Report of an investigation into the causes of malaria in Bombay and the measures necessary for its control
Disease focus: Malaria
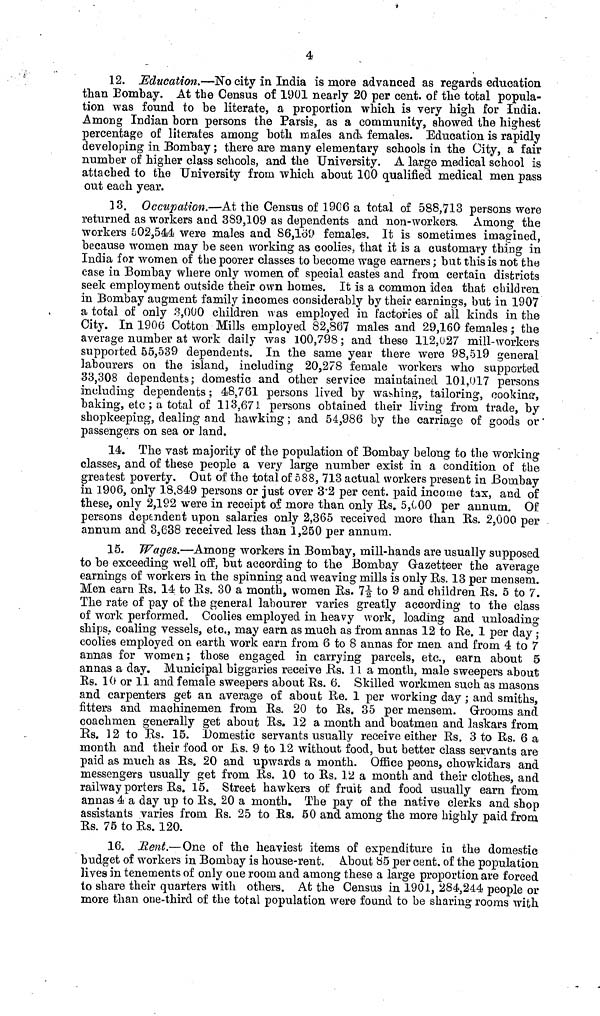
4
12. Education.—No city in India is more advanced as regards education
than Bombay. At the Census of 1901 nearly 20 per cent. of the total popula-
tion was found to be literate, a proportion which is very high for India.
Among Indian born persons the Parsis, as a community, showed the highest
percentage of literates among both males and females. Education is rapidly
developing in Bombay ; there are many elementary schools in the City, a fair
number of higher class schools, and the University. A large medical school is
attached to the University from which about 100 qualified medical men pass
out each year.
13. Occupation.—At the Census of 1906 a total of 588,713 persons were
returned as workers and 389,109 as dependents and non-workers. Among the
workers 502,544 were males and 86,169 females. It is sometimes imagined,
because women may be seen working as coolies, that it is a customary thing in
India for women of the poorer classes to become wage earners ; but this is not the
case in Bombay where only women of special castes and from certain districts
seek employment outside their own homes. It is a common idea that children
in Bombay augment family incomes considerably by their earnings, but in 1907
a total of only 3,000 children was employed in factories of all kinds in the
City. In 1906 Cotton Mills employed 82,867 males and 29,160 females ; the
average number at work daily was 100,798 ; and these 112,027 mill-workers
supported 55,539 dependents. In the same year there were 98,519 general
labourers on the island, including 20,278 female workers who supported
33,308 dependents; domestic and other service maintained 101,017 persons
including dependents ; 48,761 persons lived by washing, tailoring, cooking,
baking, etc ; a total of 113,671 persons obtained their living from trade, by
shopkeeping, dealing and hawking ; and 54,986 by the carriage of goods or
passengers on sea or land.
14. The vast majority of the population of Bombay belong to the working
classes, and of these people a very large number exist in a condition of the
greatest poverty. Out of the total of 588, 713 actual workers present in Bombay
in 1906, only 18,849 persons or just over 3"2 per cent. paid income tax, and of
these, only 2,192 were in receipt of more than only Rs. 5,000 per annum. Of
persons dependent upon salaries only 2,365 received more than Rs. 2,000 per
annum and 3,638 received less than 1,250 per annum.
15. Wages.—Among workers in Bombay, mill-hands are usually supposed
to be exceeding well off, but according to the Bombay Gazetteer the average
earnings of workers in the spinning and weaving mills is only Rs. 13 per mensem.
Men earn Rs. 14 to Rs. 30 a month, women Rs. 71/2 to 9 and children Rs. 5 to 7.
The rate of pay of the general labourer varies greatly according to the class
of work performed. Coolies employed in heavy work, loading and unloading
ships, coaling vessels, etc., may earn as much as from annas 12 to Re. 1 per day ;
coolies employed on earth work earn from 6 to 8 annas for men and from 4 to 7
annas for women ; those engaged in carrying parcels, etc., earn about 5
annas a day. Municipal biggaries receive Rs. 11a month, male sweepers about
and carpenters get an average of about Re. 1 per working day ; and smiths,
fitters and rnachinemen from Rs. 20 to Rs. 35 per mensem. Grooms and
coachmen generally get about Rs. 12 a month and boatmen and laskars from
Rs. 12 to Rs. 15. Domestic servants usually receive either Rs. 3 to Rs. 6 a
month and their food or Rs. 9 to 12 without food, but better class servants are
paid as much as Rs. 20 and upwards a month. Office peons, chowkidars and
messengers usually get from Rs. 10 to Rs. 12 a month and their clothes, and
railway porters Rs. 15. Street hawkers of fruit and food usually earn from
annas 4 a day up to Rs. 20 a month. The pay of the native clerks and shop
assistants varies from Rs. 25 to Rs. 50 and among the more highly paid from
16. Rent.—One of the heaviest items of expenditure in the domestic
budget of workers in Bombay is house-rent. About 85 per cent. of the population
lives in tenements of only one room and among these a large proportion are forced
to share their quarters with others. At the Census in 1901, 284,244 people or
more than one-third of the total population were found to be sharing rooms with